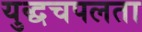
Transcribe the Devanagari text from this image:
युद्धचपलता